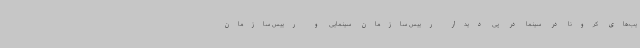
یب‌های کرونا در سینما در پی دیدار رییس سازمان سینمایی و رییس سازمان